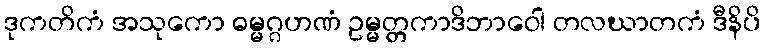
ဒုကတိကံ အသုကော ဓမ္မဂ္ဂဟဏံ ဥမ္မတ္တကာဒိဘာဝေါ တလဃာတကံ ဒီနိပိ